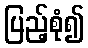
ပြည့်စုံ၍